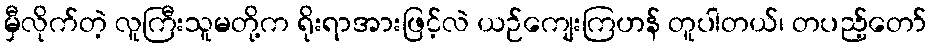
မှီလိုက်တဲ့ လူကြီးသူမတို့က ရိုးရာအားဖြင့်လဲ ယဉ်ကျေးကြဟန် တူပါတယ်၊ တပည့်တော်